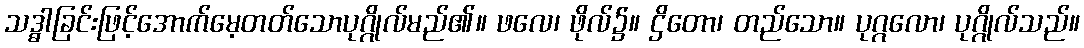
သဒ္ဓါခြင်းဖြင့်အောက်မေ့တတ်သောပုဂ္ဂိုလ်မည်၏။ ဖလေ၊ ဖိုလ်၌။ ဌိတော၊ တည်သော။ ပုဂ္ဂလော၊ ပုဂ္ဂိုလ်သည်။